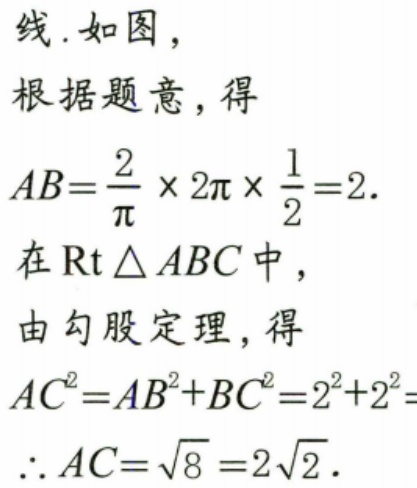
线. 如图，
根据题意，得
\(AB = \frac{2}{\pi}\times2\pi\times\frac{1}{2}=2\).
在\(\text{Rt}\triangle ABC\)中，
由勾股定理，得
\(AC^{2}=AB^{2}+BC^{2}=2^{2} + 2^{2}\)
\(\therefore AC=\sqrt{8}=2\sqrt{2}\).